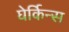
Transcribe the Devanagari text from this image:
घेर्किन्स